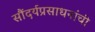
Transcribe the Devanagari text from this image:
सौंदर्यप्रसाधनांची